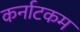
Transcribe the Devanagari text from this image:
कर्नाटकम